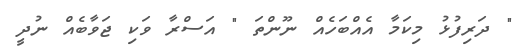
" ދަރިފުޅު މިކަމާ އެއްބަހެއް ނޫންތަ " އަސްރާ ވަކި ޖަވާބެއް ނުދީ